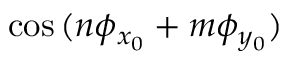
\cos { ( n \phi _ { x _ { 0 } } + m \phi _ { y _ { 0 } } ) }